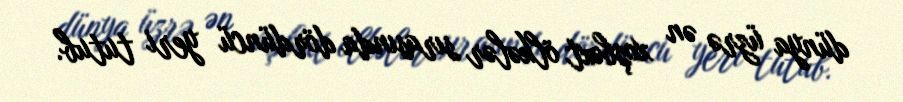
dünya üzrə ən xoşbəxt ölkələr sırasında dördüncü yeri tutub.